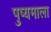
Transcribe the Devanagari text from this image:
पुष्यमाला